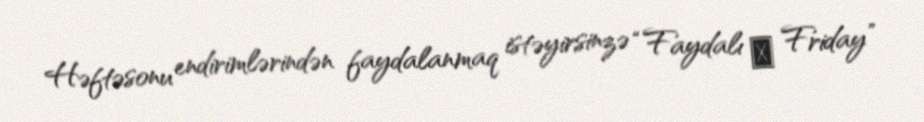
Həftəsonu endirimlərindən faydalanmaq istəyirsinzə “Faydalı ☺ Friday”